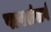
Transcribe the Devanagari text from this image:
पापसंसर्ग